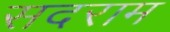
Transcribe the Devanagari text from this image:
सदराम